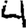
Digit: 4